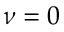
\nu = 0